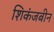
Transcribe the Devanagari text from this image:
शिकंजबीन